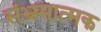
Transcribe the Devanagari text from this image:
संभ्रमात्मक